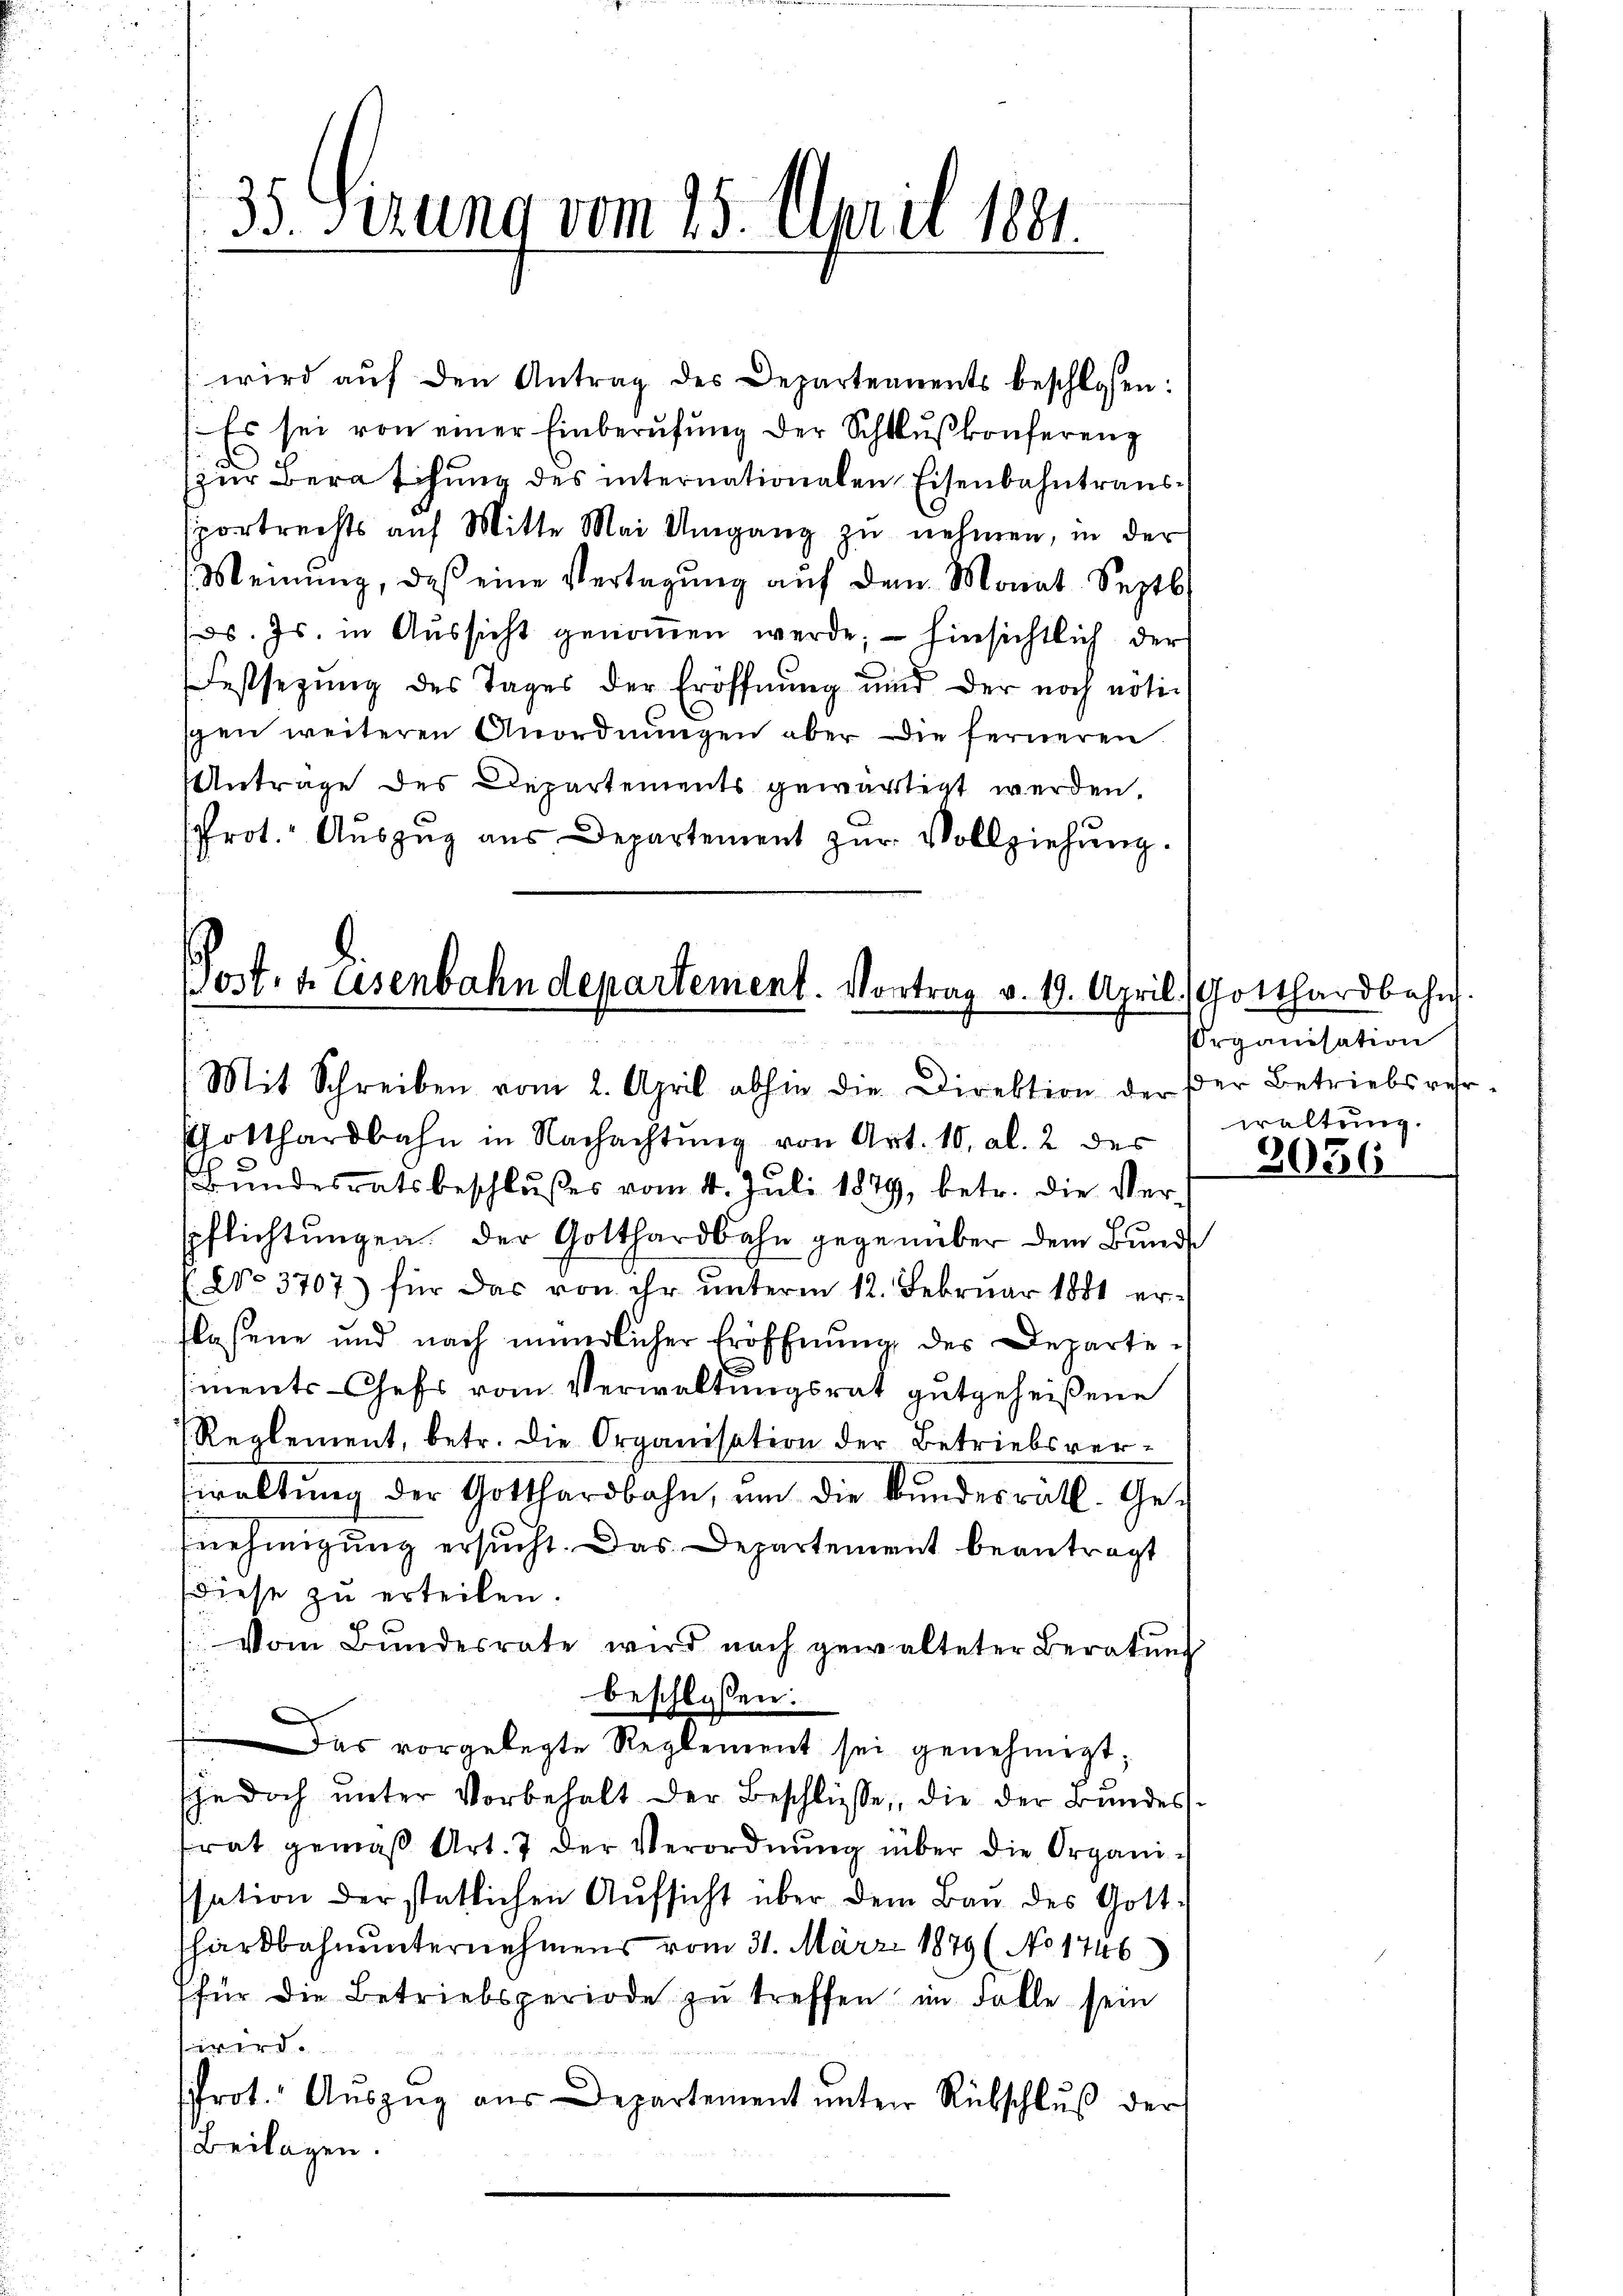
35. Serung vom 15. April 1881

wird aŭf den Antrag des Departennents beschlossen:
Es sei von einer Einberufung der Schlŭβkonferenz
(zur Berathung des internationalen Eisenbahntraussportrechts aŭf Mitte Mai Umgang zŭ nehmen, in der
Meinŭng, daβ eine Vertagŭng aŭf dem Monat Septb
s. Js. in Aŭssicht genoṁen werde; – hinsichtlich der
Festsezung des Tages der Eröffnung und der noch nötischen weiteren Anordnungen aber die ferneren
Antrage des Departements gewärtigt werden.
Prot. Auszug aus Departement zur Vollziehung.

post. d. lesenbahndepartement. Vortrag v. 1. April.
Mit Schreiben vom 2. April abhin die Direktion der der Betriebsver-

Potthardbahn in Nachachtung von Art. 10, al. 2 der
Bundesratsbeschlußes vom 4. Juli 1879, betr. die Verpflichtungen der Gotthardbahn gegenüber dem Bunde
(NNo. 3707) für das von ihr unterm 12. Februar 1881 erflassene und nach innerlicher Eröffnung des Departeiments-Chefs vom Verwaltungsrat gutgeheißene
Reglement, betr. die Organisation der Betriebsver-
waltŭng der Gotthardbahn, ŭm die Bŭndesrath. Ge-
nehmigung ersucht. Das Departement beantragt
diese zu erteilen.
Vom Bundesrate wird nach gewalteter Beratŭng
beschloßen:
Das vorgelegte Reglement sei genehmigt;
(jedoch ŭnter Vorbehalt der Beschlüsse, die der Bundestrat gemäβ Art. 7 der Verordnŭng über die Organissation der statlichen Aŭfsicht über dem Baŭ des Gott-
hardbahnunternehmens vom 31. März 1879 (No 1746)
für die Betriebsperiode zŭ treffen im Falle sein
iwerde
frot. Auszug aus Departement unter Rückschluß der
Beilagen.

Gotthardbahn.
Organisation
waltung.

3056